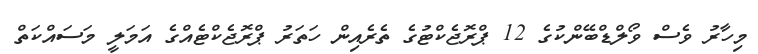
މިހާރު ވެސް ވޯލްޑްބޭންކުގެ 12 ޕްރޮޖެކްޓުގެ ތެރެއިން ހަތަރު ޕްރޮޖެކްޓެއްގެ އަމަލީ މަސައްކަތް